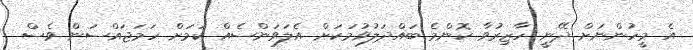
އެ މީހުންނަށް ދޭނީ ހާޒިރުވާ ކޮންމެ ބައްދަލުވުމަކަށް އެލަވަންސެއް ކަމަށް ހަމަޖައްސަން ވެސް